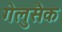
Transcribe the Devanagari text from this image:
गेलुसैक